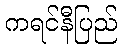
ကရင်နီပြည်